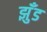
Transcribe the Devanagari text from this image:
झुँड